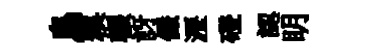
鳥糗輾訝儼瀝磴認眀